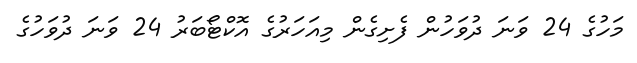
މަހުގެ 24 ވަނަ ދުވަހުން ފެށިގެން މިއަހަރުގެ އޮކްޓޯބަރު 24 ވަނަ ދުވަހުގެ